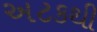
અટકથી